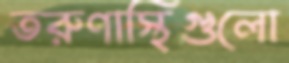
তরুণাস্থিগুলো